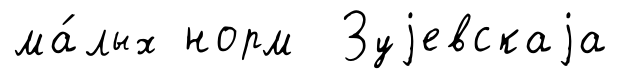
ма́лых норм Зуjевскаjа